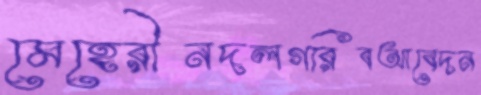
মেহেরীনদলগরিবআবেদন